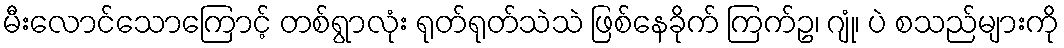
မီးလောင်သောကြောင့် တစ်ရွာလုံး ရုတ်ရုတ်သဲသဲ ဖြစ်နေခိုက် ကြက်ဥ၊ ဂျုံ၊ ပဲ စသည်များကို